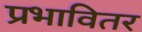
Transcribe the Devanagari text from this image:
प्रभावितर